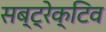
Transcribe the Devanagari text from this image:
सब्ट्रेक्टिव